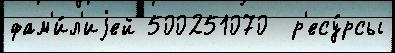
фам'и́л'иjей 500251070  р'есу́рсы